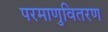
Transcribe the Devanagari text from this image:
परमाणुवितरण